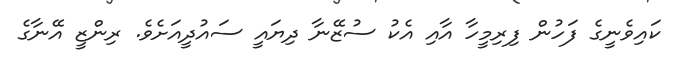
ކައިވެނީގެ ފަހުން ފިރިމީހާ އާއި އެކު ސުޒޭނާ ދިޔައީ ސައުދީއަށެވެ. ރިންޒީ އޭނާގެ